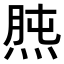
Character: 𤊯